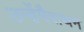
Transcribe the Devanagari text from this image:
उन्हेंमैराथन